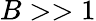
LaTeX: B>>1